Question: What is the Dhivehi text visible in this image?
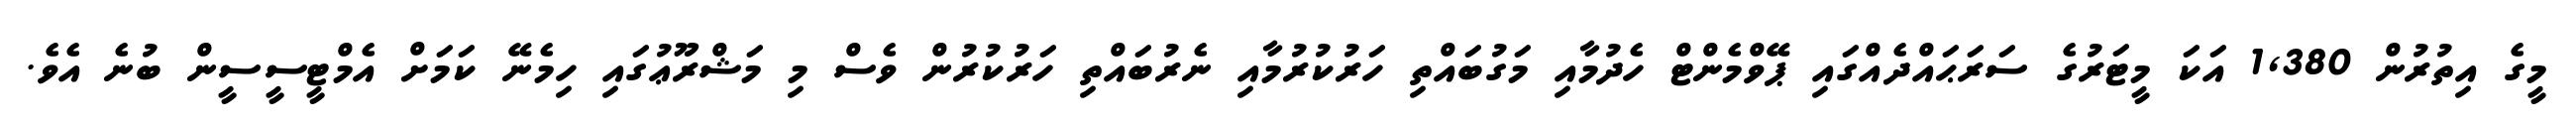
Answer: މީގެ އިތުރުން 1,380 އަކަ މީޓަރުގެ ސަރަޙައްދެއްގައި ޕޭވްމެންޓް ހެދުމާއި މަގުބައްތި ހަރުކުރުމާއި ނެރުބައްތި ހަރުކުރުން ވެސް މި މަޝްރޫޢުގައި ހިމެނޭ ކަމަށް އެމްޓީސީސީން ބުނެ އެވެ.